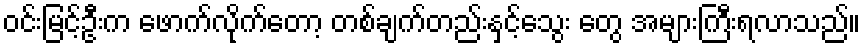
ဝင်းမြင့်ဦးက ဖောက်လိုက်တော့ တစ်ချက်တည်းနှင့်သွေး တွေ အများကြီးရလာသည်။